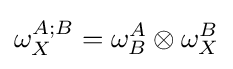
\omega _{X}^{A;B}=\omega _{B}^{A}\otimes \omega _{X}^{B}\,\!